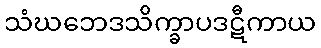
သံဃဘေဒသိက္ခာပဒဋီကာယ